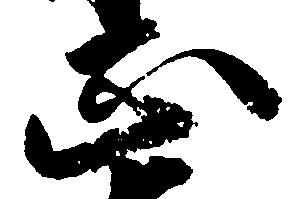
正